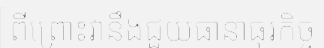
ពីព្រោះវានឹងជួយធានាធុរកិច្ច